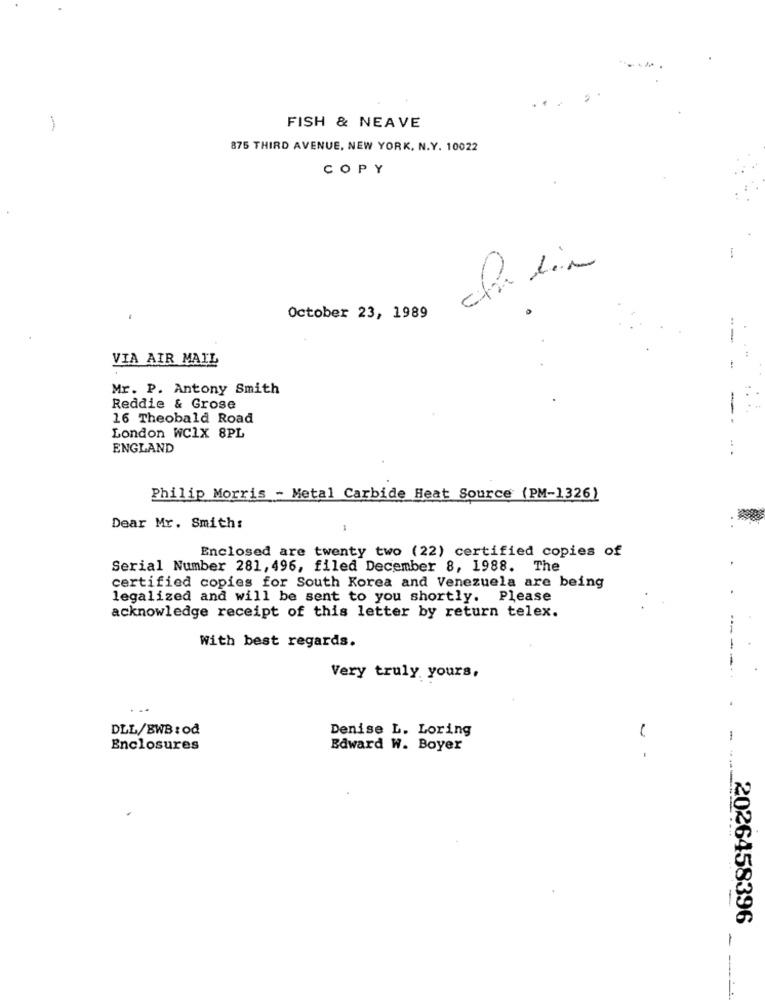
FISH & NEAVE
875 THIRD AVENUE, NEW YORK, N.Y. 10022
COPY
de dia
October 23, 1989
--
VIA AIR MAIL
. ..
Mr. P. Antony Smith
Reddie & Grose
16 Theobald Road
-
London WC1X 8PL
ENGLAND
Philip Morris - Metal Carbide Heat Source (PM-1326)
Dear Mr. Smith:
Enclosed are twenty two (22) certified copies of
Serial Number 281, 496, filed December 8, 1988. The
certified copies for South Korea and Venezuela are being
legalized and will be sent to you shortly. Please
acknowledge receipt of this letter by return telex.
With best regards.
Very truly yours,
DLL/BWB : od
Denise L. Loring
-
Enclosures
Edward W. Boyer
- -
2026458396
-